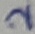
Text: 2